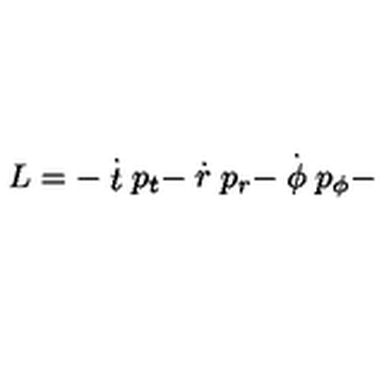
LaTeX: L = - \stackrel { . } { t } p _ { t } - \stackrel { . } { r } p _ { r } - \stackrel { . } { \phi } p _ { \phi } -